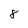
Character: 8